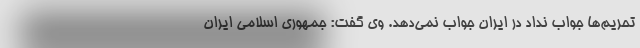
تحریم‌ها جواب نداد در ایران جواب نمی‌دهد. وی گفت: جمهوری اسلامی ایران